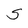
Character: S